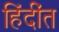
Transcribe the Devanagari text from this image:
हिंदींत